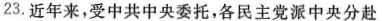
23.近年来，受中共中央委托，各民主党派中央分赴